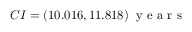
C I = ( 1 0 . 0 1 6 , 1 1 . 8 1 8 ) \; \textrm { y e a r s }